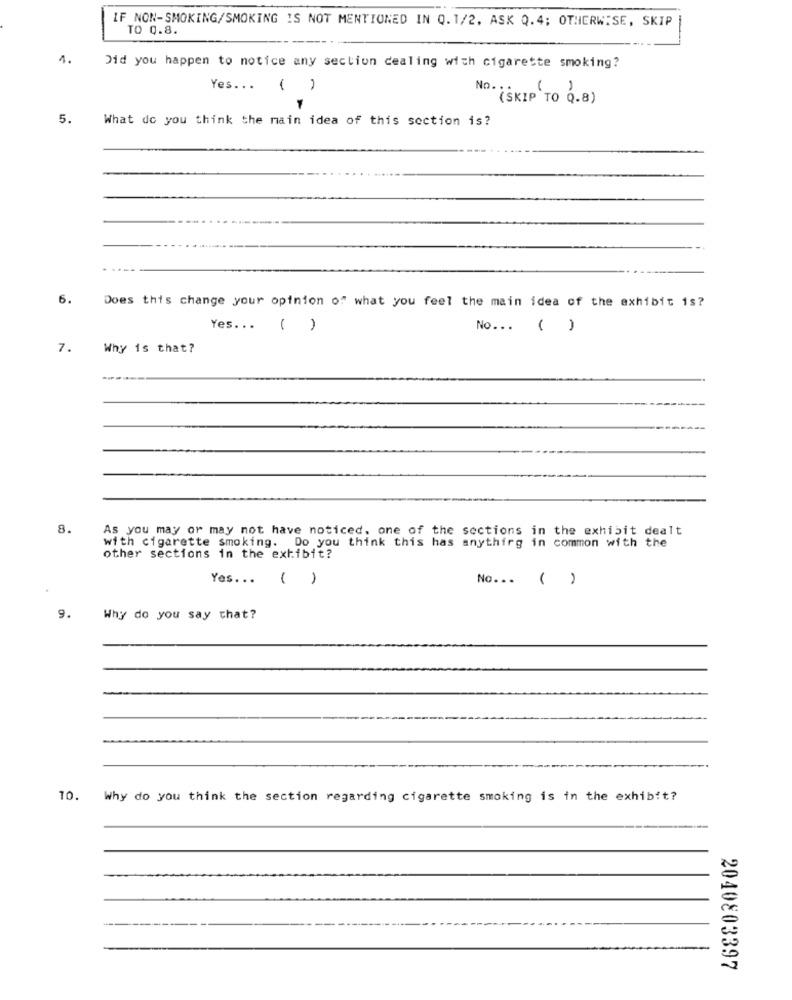
IF NON-SMOKING/SMOKING IS NOT MENTIONED IN Q.1/2. ASK Q.4; OTHERWISE, SKIP
TO 0.8.
4.
Did you happen to notice any section dealing with cigarette smoking?
Yes ... ( )
No. ..
(SKIP TO Q.8)
5.
What do you think the main idea of this section is?
6.
Does this change your opinion of what you feel the main idea of the exhibit is?
Yes ... ( )
No ... ( )
7.
Why is that?
8.
As you may or may not have noticed. one of the sections in the exhibit dealt
with cigarette smoking. Do you think this has anything in common with the
other sections in the exhibit?
Yes ...
( )
No ... ( )
9.
Why do you say that?
10.
Why do you think the section regarding cigarette smoking is in the exhibit?
2040803397